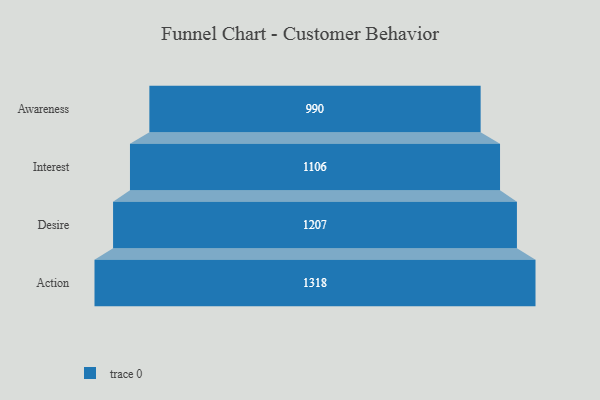
{"axis": {"x": "Stage", "y": "Value"}, "legend": [""], "data": [{"x": "Awareness", "y": 990.0, "type": ""}, {"x": "Interest", "y": 1106.0, "type": ""}, {"x": "Desire", "y": 1207.0, "type": ""}, {"x": "Action", "y": 1318.0, "type": ""}]}